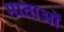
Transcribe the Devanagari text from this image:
माताआें